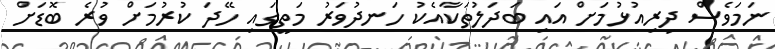
ނަމަވެސް ދިރިއުޅުމަށް އައި ބަދަލުތަކާއެކު ހަނދުވަރު މަތީގައި ހޭދަ ކުރުމަށް ވުރެ ބޮޑަށް